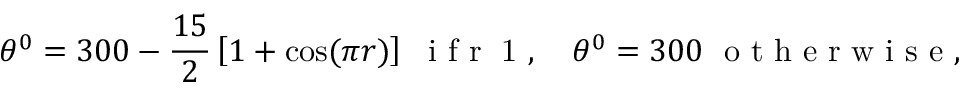
\theta ^ { 0 } = 3 0 0 - \frac { 1 5 } { 2 } \left[ 1 + \cos ( \pi r ) \right] ~ \textrm { i f r \leq 1 } , \quad \theta ^ { 0 } = 3 0 0 ~ \textrm { o t h e r w i s e } ,